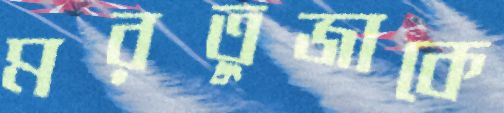
মরতুজাকে